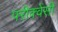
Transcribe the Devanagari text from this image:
फ्ऱीक्वेंसी